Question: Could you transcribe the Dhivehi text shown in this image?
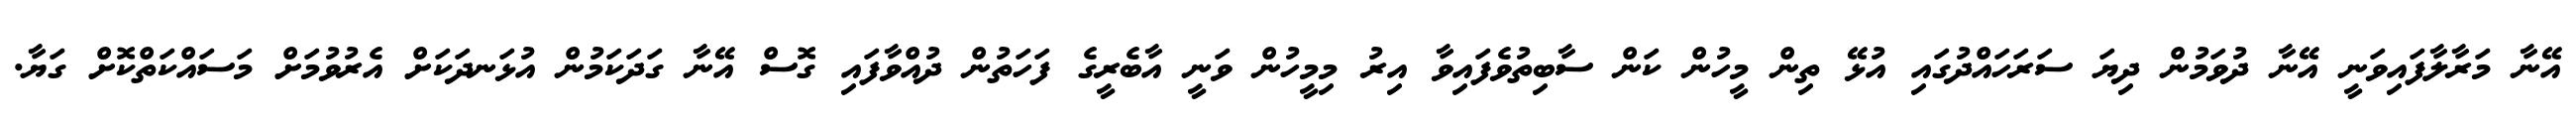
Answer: އޭނާ މަރާލާފައިވަނީ އޭނާ ދުވަމުން ދިޔަ ސަރަހައްދުގައި އުޅޭ ތިން މީހުން ކަން ސާބިތުވެފައިވާ އިރު މިމީހުން ވަނީ އާބެރީގެ ފަހަތުން ދުއްވާފައި ގޮސް އޭނާ ގަދަކަމުން އުޅަނދަކަށް އެރުވުމަށް މަސައްކަތްކޮށް ގަޔާ.